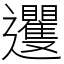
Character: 䢲